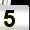
Digit: 5